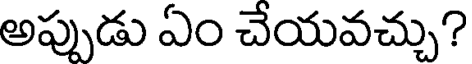
అప్పుడు ఏం చేయవచ్చు?